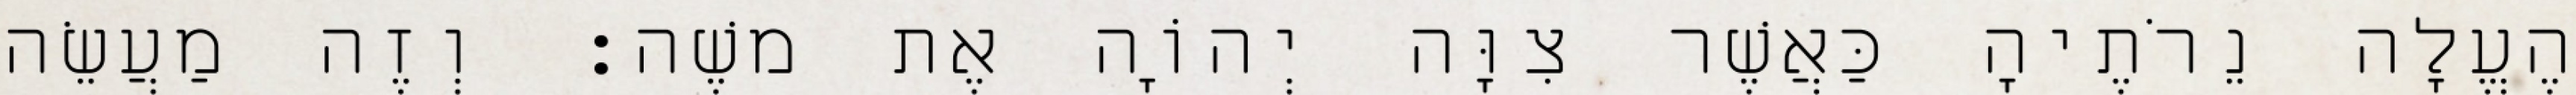
הֶעֱלָה נֵרֹתֶיהָ כַּאֲשֶׁר צִוָּה יְהוָֹה אֶת משֶׁה׃ וְזֶה מַעֲשֵׂה